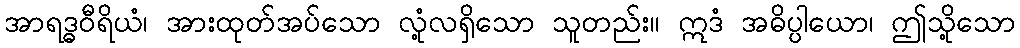
အာရဒ္ဓဝီရိယံ၊ အားထုတ်အပ်သော လုံ့လရှိသော သူတည်း။ ဣဒံ အဓိပ္ပါယော၊ ဤသို့သော